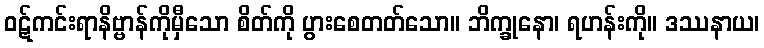
ဝဋ်ကင်းရာနိဗ္ဗာန်ကိုမှီသော စိတ်ကို ပွားစေတတ်သော။ ဘိက္ခုနော၊ ရဟန်းကို။ ဒဿနာယ၊